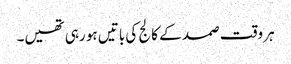
ہر وقت صمد کے کالج کی باتیں ہو رہی تھیں۔